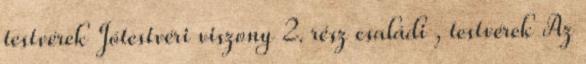
testvérek Jótestvéri viszony 2. rész családi , testvérek Az